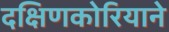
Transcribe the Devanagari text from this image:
दक्षिणकोरियाने